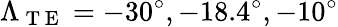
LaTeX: \Lambda_{\mathrm{~T~E~}}=-30^{\circ},-18.4^{\circ},-10^{\circ}